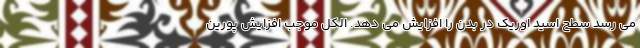
می رسد سطح اسید اوریک در بدن را افزایش می دهد. الکل موجب افزایش پورین